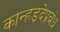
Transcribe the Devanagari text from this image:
कान्हड़देप्रबंध